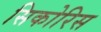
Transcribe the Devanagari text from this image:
सिकोरिस